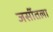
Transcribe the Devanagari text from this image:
जर्सीतला